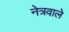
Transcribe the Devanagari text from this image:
नेत्रवाले